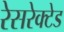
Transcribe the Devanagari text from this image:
रेसरेक्टेड